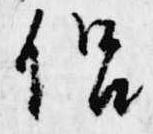
侶